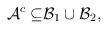
LaTeX: \begin{align*}\mathcal{A}^{c}\subseteq &\mathcal{B}_{1}\cup \mathcal{B}_{2},\end{align*}